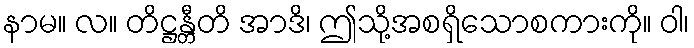
နာမ။ လ။ တိဋ္ဌန္တီတိ အာဒိ၊ ဤသို့အစရှိသောစကားကို။ ဝါ၊